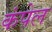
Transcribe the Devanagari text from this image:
कंपेल